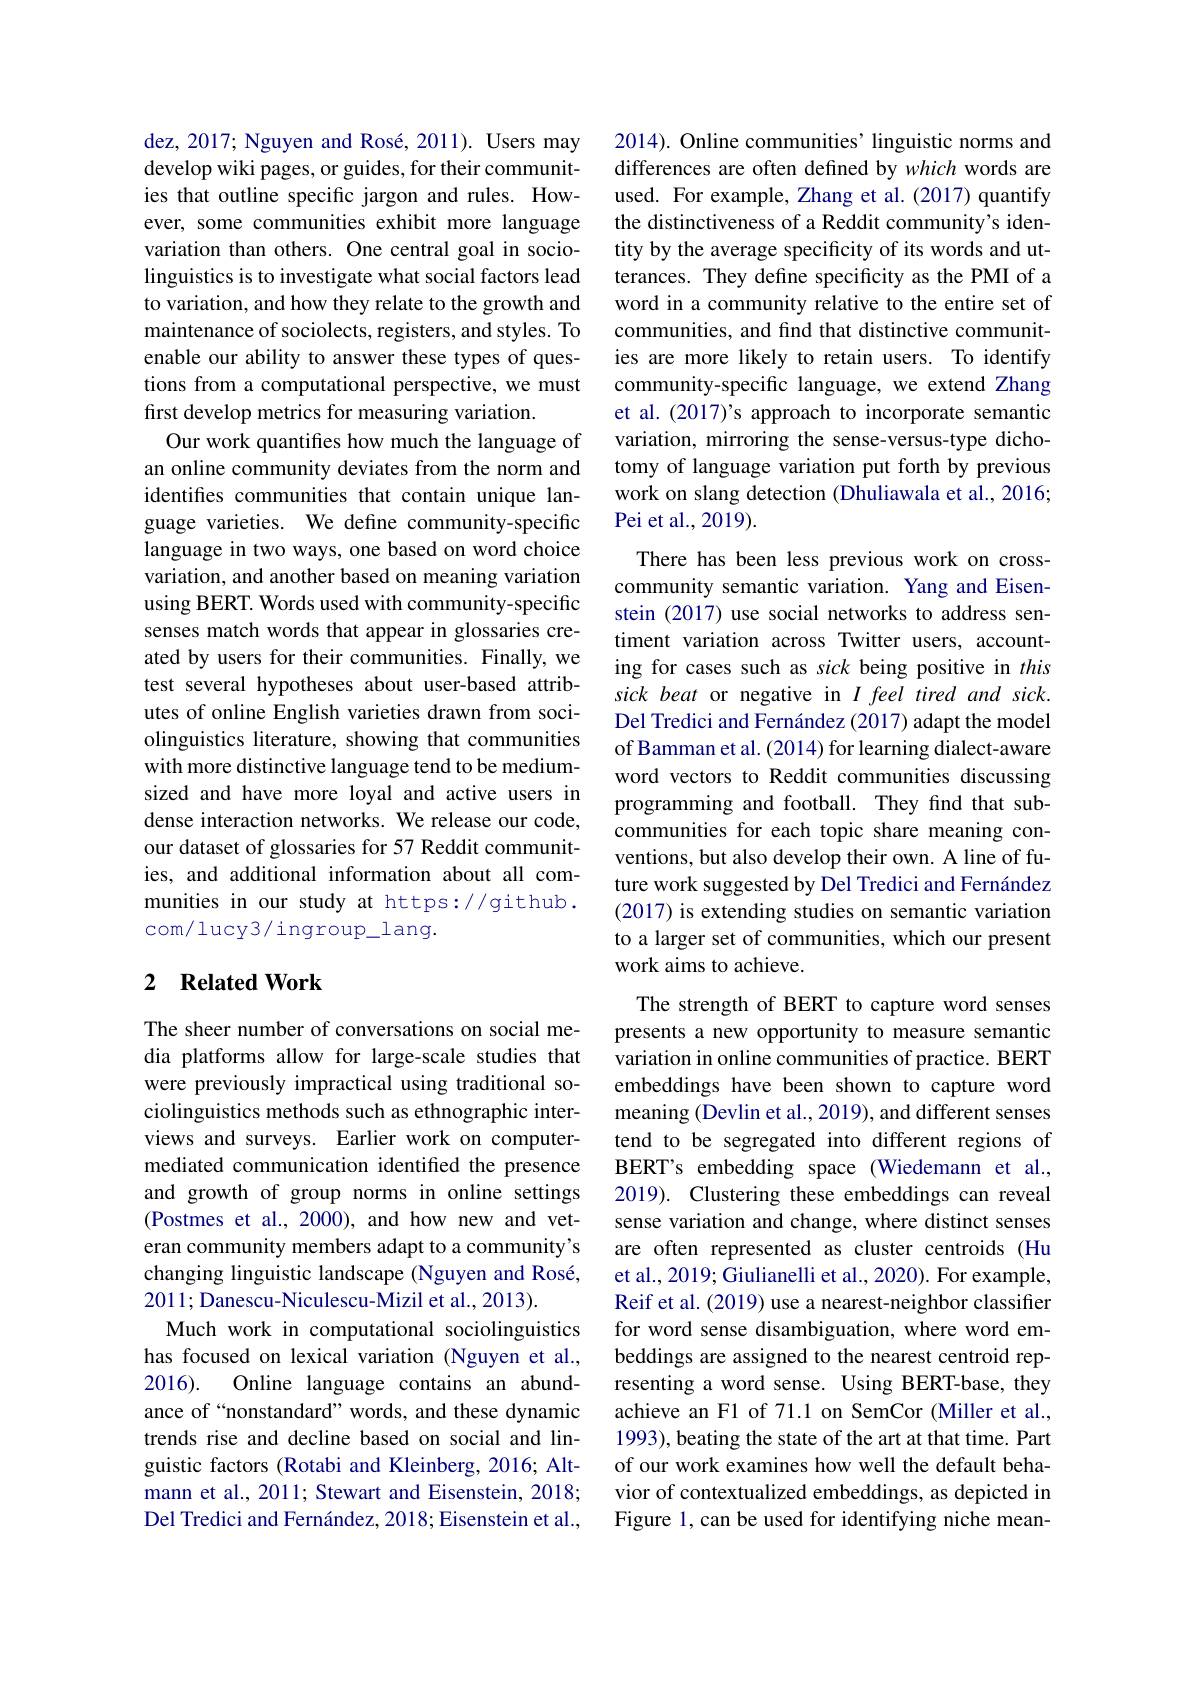
dez, 2017; Nguyen and Rosé, 2011). Users may develop wiki pages, or guides, for their communities that outline specific jargon and rules. However, some communities exhibit more language variation than others. One central goal in sociolinguistics is to investigate what social factors lead to variation, and how they relate to the growth and maintenance of sociolects, registers, and styles. To enable our ability to answer these types of questions from a computational perspective, we must first develop metrics for measuring variation.
Our work quantifes how much the language of an online community deviates from the norm and identifes communities that contain unique language varieties. We define community-specific language in two ways, one based on word choice variation, and another based on meaning variation using BERT. Words used with community-specific senses match words that appear in glossaries created by users for their communities. Finally, we test several hypotheses about user-based attributes of online English varieties drawn from sociolinguistics literature, showing that communities with more distinctive language tend to be mediumsized and have more loyal and active users in dense interaction networks. We release our code, our dataset of glossaries for 57 Reddit communities, and additional information about all communities in our study at https://github. com/lucy3/ingroup_lang.

## 2 $\textbf{Related Work}$

The sheer number of conversations on social media platforms allow for large-scale studies that were previously impractical using traditional sociolinguistics methods such as ethnographic interviews and surveys. Earlier work on computermediated communication identified the presence and growth of group norms in online settings (Postmes et al.,2000), and how new and veteran community members adapt to a community's changing linguistic landscape (Nguyen and Rosé, 2011; Danescu-Niculescu-Mizil et al., 2013).
Much work in computational sociolinguistics has focused on lexical variation (Nguyen et al., 2016). Online language contains an abundance of“nonstandard” words, and these dynamic trends rise and decline based on social and linguistic factors (Rotabi and Kleinberg, 2016; Altmann et al., 2011; Stewart and Eisenstein, 2018; Del Tredici and Fernández, 2018; Eisenstein et al.,

2014). Online communities’ linguistic norms and differences are often defined by which words are used. For example, Zhang et al. (2017) quantify the distinctiveness of a Reddit community's identity by the average specificity of its words and utterances. They define specificity as the PMI of a word in a community relative to the entire set of communities, and find that distinctive communities are more likely to retain users. To identify community-specific language, we extend Zhang et al.(2017)'s approach to incorporate semantic variation, mirroring the sense-versus-type dichotomy of language variation put forth by previous work on slang detection (Dhuliawala et al., 2016; Pei et al., 2019).
There has been less previous work on crosscommunity semantic variation. Yang and Eisenstein (2017) use social networks to address sentiment variation across Twitter users, accounting for cases such as sick being positive in this sick beat or negative in $I\textit{feel tired and sick. }$ Del Tredici and Fernández (2017) adapt the model of Bamman et al. (2014) for learning dialect-aware word vectors to Reddit communities discussing programming and football. They find that subcommunities for each topic share meaning conventions, but also develop their own. A line of future work suggested by Del Tredici and Fernández (2017) is extending studies on semantic variation to a larger set of communities, which our present work aims to achieve.
The strength of BERT to capture word senses presents a new opportunity to measure semantic variation in online communities of practice. BERT embeddings have been shown to capture word meaning (Devlin et al., 2019), and different senses tend to be segregated into different regions of BERT's embedding space (Wiedemann et al., 2019). Clustering these embeddings can reveal sense variation and change, where distinct senses are often represented as cluster centroids (Hu et al., 2019; Giulianelli et al., 2020). For example, Reif et al. (2019) use a nearest-neighbor classifier for word sense disambiguation, where word embeddings are assigned to the nearest centroid representing a word sense. Using BERT-base, they achieve an Fl of 71.1 on SemCor (Miller et al., 1993), beating the state of the art at that time. Part of our work examines how well the default behavior of contextualized embeddings, as depicted in Figure 1, can be used for identifying niche mean-